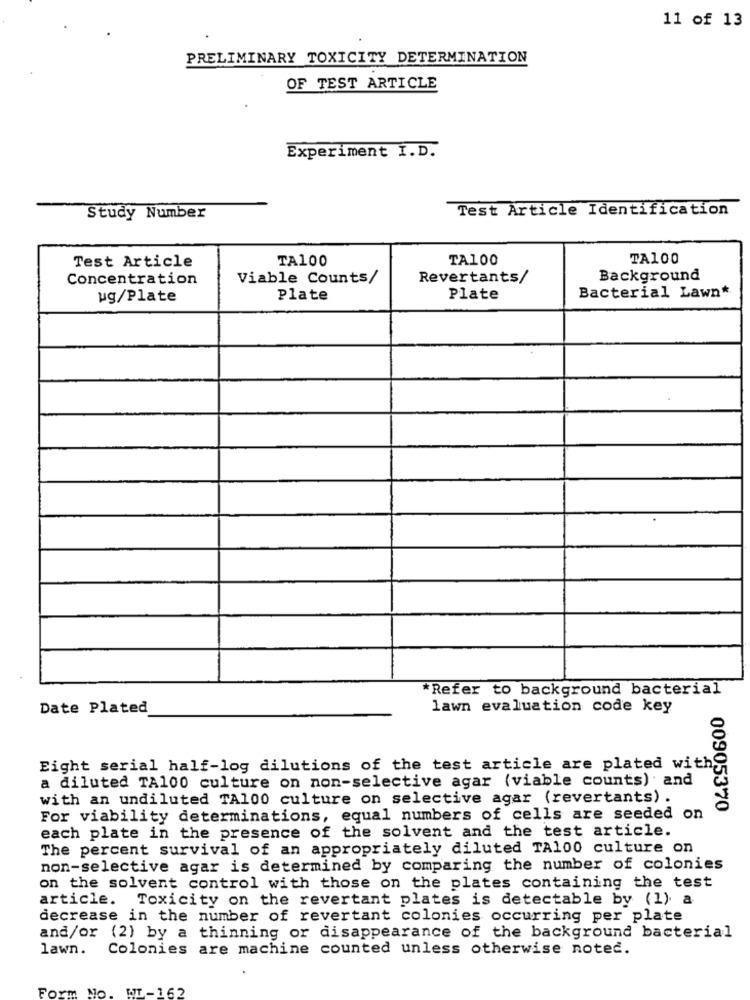
11 of 13
PRELIMINARY TOXICITY DETERMINATION
OF TEST ARTICLE
Experiment I.D.
Test Article Identification
Study Number
Test Article
TA100
TA100
TA100
Concentration
Viable Counts/
Revertants/
Background
ug/Plate
Plate
Plate
Bacterial Lawn*
*Refer to background bacterial
Date Plated
lawn evaluation code key
Eight serial half-log dilutions of the test article are plated with
a diluted TA100 culture on non-selective agar (viable counts) and
with an undiluted TA100 culture on selective agar (revertants) .
00905370
For viability determinations, equal numbers of cells are seeded on
each plate in the presence of the solvent and the test article.
The percent survival of an appropriately diluted TA100 culture on
non-selective agar is determined by comparing the number of colonies
on the solvent control with those on the plates containing the test
article.
Toxicity on the revertant plates is detectable by (1). a
decrease in the number of revertant colonies occurring per plate
and/or (2) by a thinning or disappearance of the background bacterial
lawn. Colonies are machine counted unless otherwise noted.
Form No
MIT-162